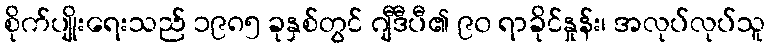
စိုက်ပျိုးရေးသည် ၁၉၈၅ ခုနှစ်တွင် ဂျီဒီပီ၏ ၉၀ ရာခိုင်နှုန်း၊ အလုပ်လုပ်သူ